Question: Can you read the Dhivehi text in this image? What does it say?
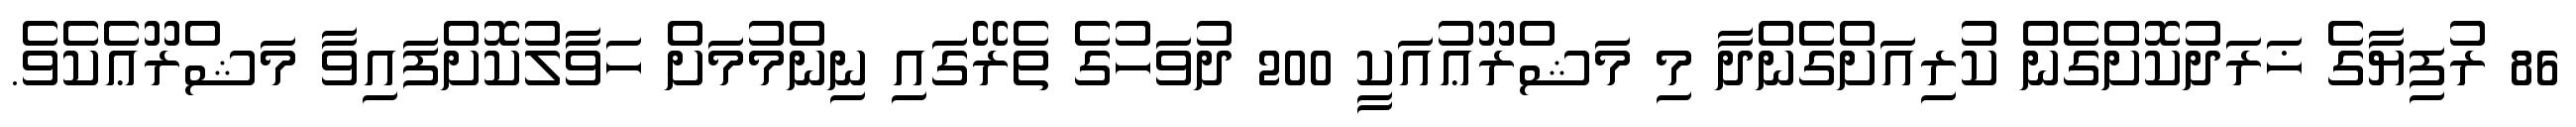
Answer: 86 ރުފިޔާގެ ޚަރަދުކޮށްގެން ކުރިއަށްގެންދާ މި މަޝްރޫޢުއަކީ 200 ދުވަހުގެ ތެރޭގައި ނިންމުމަށް ހަވާލުކޮށްފައިވާ މަޝްރޫޢެކެވެ.